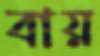
বায়